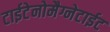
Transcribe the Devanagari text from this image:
टाईटेनोमैग्नेटाईट